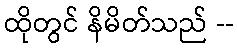
ထိုတွင် နိမိတ်သည် --